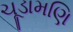
ચૂડામણિ